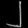
Digit: ၂